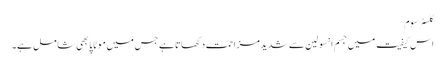
کلسٹر سوم
اس کیفیت میں جسم انسولین سے شدید مزاحمت دکھاتا ہے جس میں موٹاپا بھی شامل ہے۔